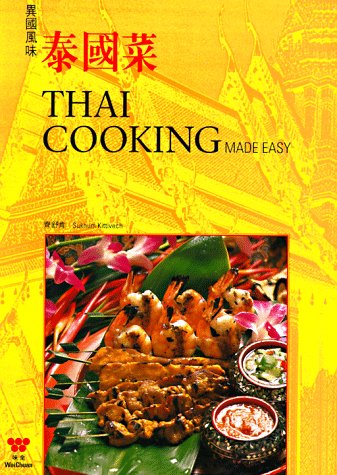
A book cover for Thai Cooking Made Easy (English and Chinese Edition); Sukhum Kittivech; Cookbooks, Food & Wine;